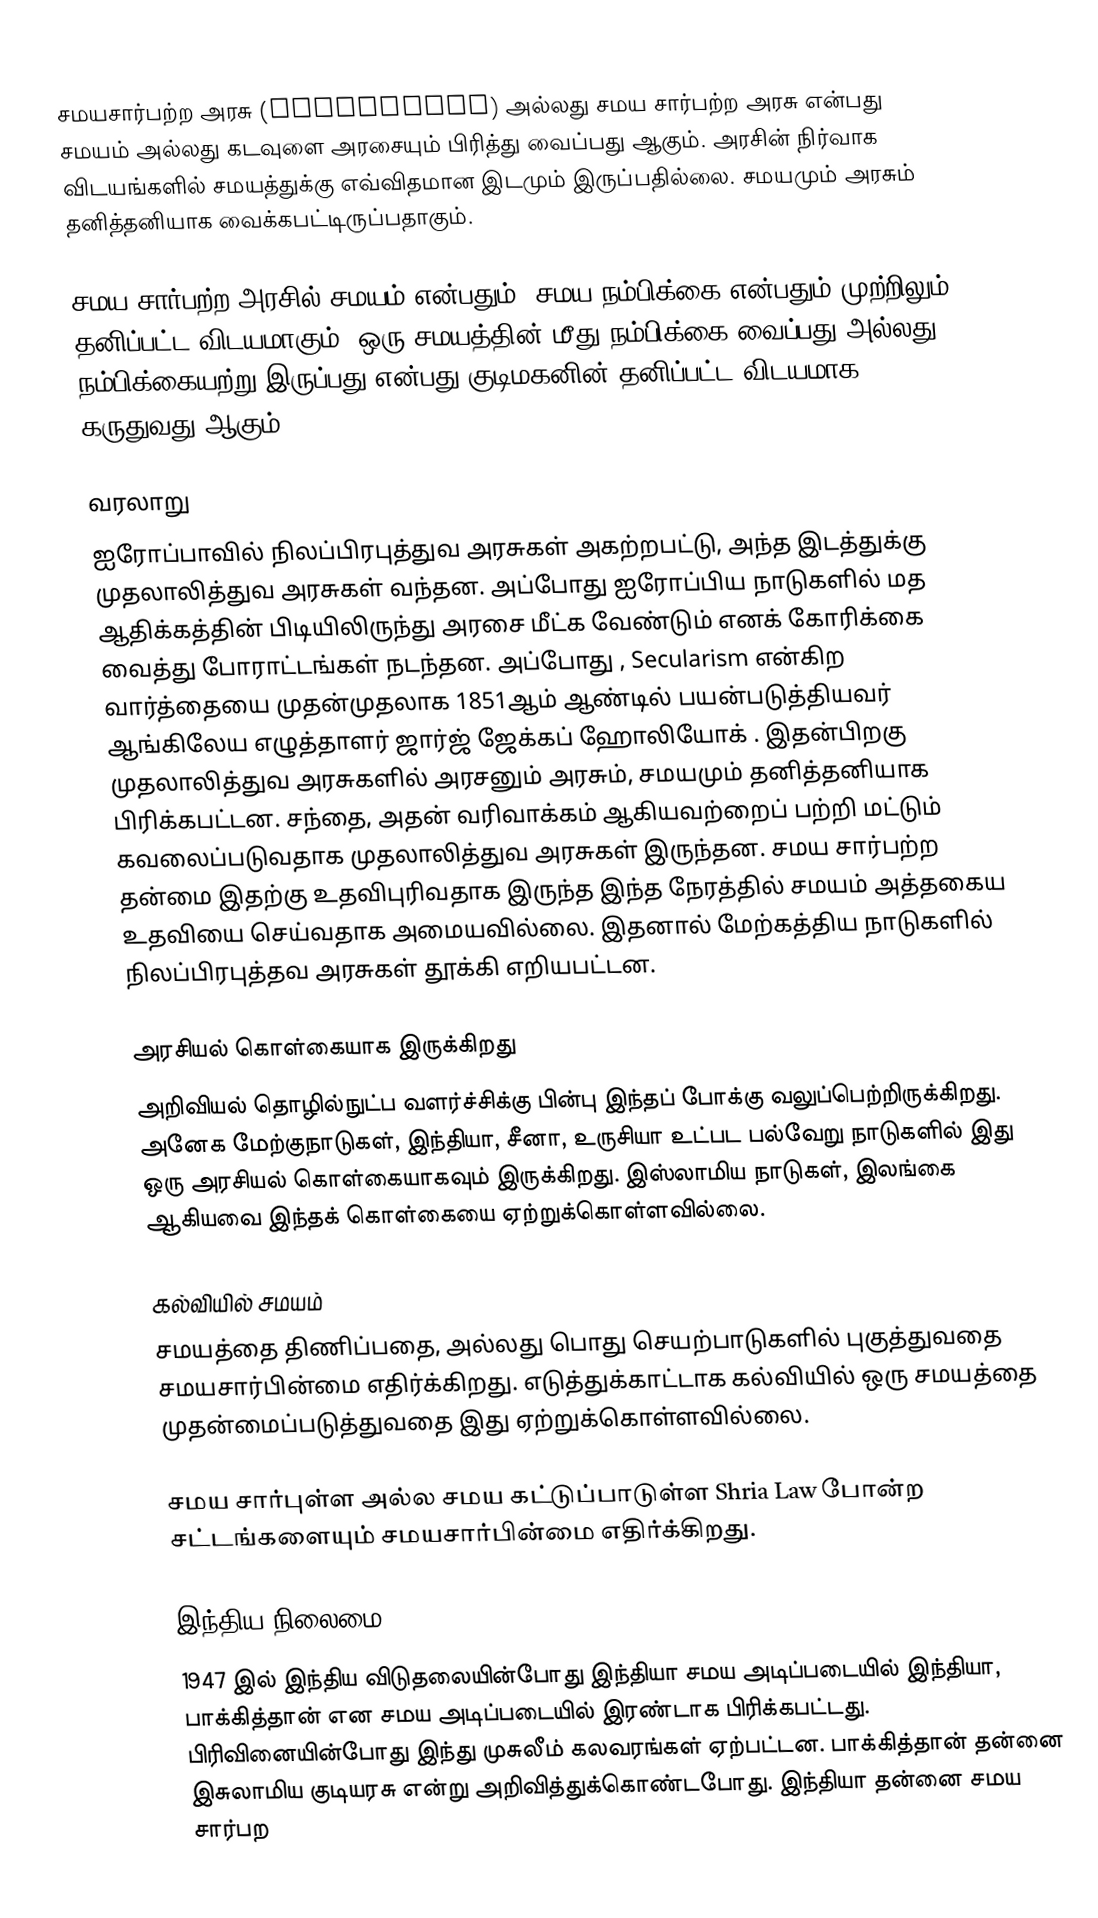
சமயசார்பற்ற அரசு (secularism) அல்லது சமய சார்பற்ற அரசு என்பது  சமயம் அல்லது கடவுளை அரசையும் பிரித்து வைப்பது ஆகும். அரசின் நிர்வாக விடயங்களில் சமயத்துக்கு எவ்விதமான இடமும் இருப்பதில்லை. சமயமும் அரசும் தனித்தனியாக வைக்கபட்டிருப்பதாகும்.

சமய சார்பற்ற அரசில் சமயம் என்பதும், சமய நம்பிக்கை என்பதும் முற்றிலும் தனிப்பட்ட விடயமாகும். ஒரு சமயத்தின் மீது நம்பிக்கை வைப்பது அல்லது நம்பிக்கையற்று இருப்பது என்பது குடிமகனின் தனிப்பட்ட விடயமாக கருதுவது ஆகும்.

வரலாறு
ஐரோப்பாவில் நிலப்பிரபுத்துவ அரசுகள் அகற்றபட்டு, அந்த இடத்துக்கு முதலாலித்துவ அரசுகள் வந்தன. அப்போது ஐரோப்பிய நாடுகளில் மத ஆதிக்கத்தின் பிடியிலிருந்து அரசை மீட்க வேண்டும்  எனக் கோரிக்கை வைத்து போராட்டங்கள் நடந்தன. அப்போது  , Secularism என்கிற  வார்த்தையை முதன்முதலாக 1851ஆம் ஆண்டில் பயன்படுத்தியவர் ஆங்கிலேய எழுத்தாளர் ஜார்ஜ் ஜேக்கப் ஹோலியோக்  . இதன்பிறகு முதலாலித்துவ அரசுகளில் அரசனும் அரசும், சமயமும் தனித்தனியாக பிரிக்கபட்டன. சந்தை, அதன் வரிவாக்கம் ஆகியவற்றைப் பற்றி மட்டும் கவலைப்படுவதாக முதலாலித்துவ அரசுகள் இருந்தன. சமய சார்பற்ற தன்மை இதற்கு உதவிபுரிவதாக இருந்த இந்த நேரத்தில் சமயம் அத்தகைய உதவியை செய்வதாக அமையவில்லை. இதனால் மேற்கத்திய நாடுகளில் நிலப்பிரபுத்தவ அரசுகள் தூக்கி எறியபட்டன.

அரசியல் கொள்கையாக இருக்கிறது
அறிவியல் தொழில்நுட்ப வளர்ச்சிக்கு பின்பு இந்தப் போக்கு வலுப்பெற்றிருக்கிறது. அனேக மேற்குநாடுகள், இந்தியா, சீனா, உருசியா உட்பட பல்வேறு நாடுகளில் இது ஒரு அரசியல் கொள்கையாகவும் இருக்கிறது. இஸ்லாமிய நாடுகள், இலங்கை ஆகியவை இந்தக் கொள்கையை ஏற்றுக்கொள்ளவில்லை.

கல்வியில் சமயம்
சமயத்தை திணிப்பதை, அல்லது பொது செயற்பாடுகளில் புகுத்துவதை சமயசார்பின்மை எதிர்க்கிறது. எடுத்துக்காட்டாக கல்வியில் ஒரு சமயத்தை முதன்மைப்படுத்துவதை இது ஏற்றுக்கொள்ளவில்லை.

சமய சார்புள்ள அல்ல சமய கட்டுப்பாடுள்ள Shria Law போன்ற சட்டங்களையும் சமயசார்பின்மை எதிர்க்கிறது.

இந்திய நிலைமை
1947 இல் இந்திய விடுதலையின்போது இந்தியா சமய அடிப்படையில் இந்தியா, பாக்கித்தான் என சமய அடிப்படையில் இரண்டாக பிரிக்கபட்டது. பிரிவினையின்போது இந்து முசுலீம் கலவரங்கள் ஏற்பட்டன. பாக்கித்தான் தன்னை இசுலாமிய குடியரசு என்று அறிவித்துக்கொண்டபோது. இந்தியா தன்னை சமய சார்பற